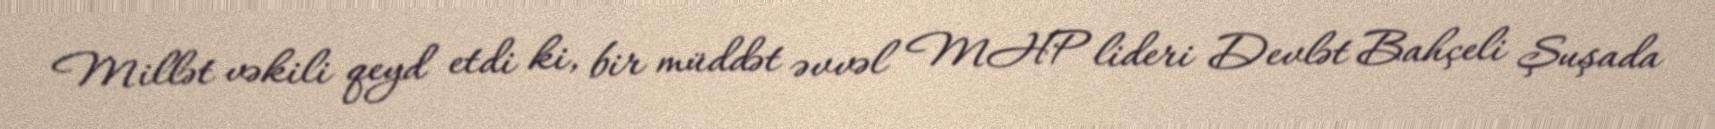
Millət vəkili qeyd etdi ki, bir müddət əvvəl MHP lideri Devlət Bahçeli Şuşada